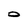
Character: O